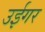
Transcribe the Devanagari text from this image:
उईगर